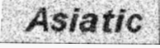
Asiatic